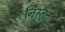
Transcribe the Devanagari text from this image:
निस्तृत